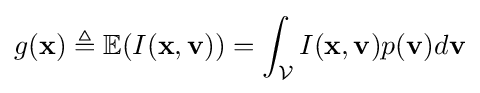
g(\mathbf {x} )\triangleq \mathbb {E} (I(\mathbf {x} ,\mathbf {v} ))=\int _{\mathcal {V}}I(\mathbf {x} ,\mathbf {v} )p(\mathbf {v} )d\mathbf {v}